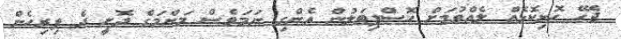
ޖެހޭ ހޮޅިކޮޅެއް ލެއްވުމަށް ހޮސްޕިޓަލުން އެންގި ނަމަވެސް މަންމަގެ ދޮށީ ދެ ފިރިހެން